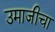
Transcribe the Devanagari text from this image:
उमाजीचा